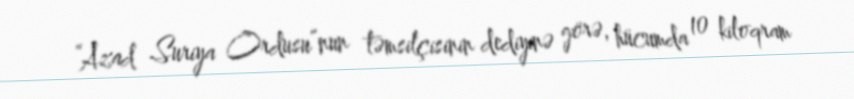
“Azad Suriya Ordusu”nun təmsilçisinin dediyinə görə, hücumda 10 kiloqram